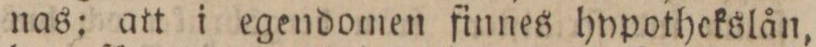
nas; att i egendomen finnes hypothekslån,